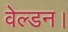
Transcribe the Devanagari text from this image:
वेल्डन।